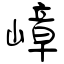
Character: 嶂